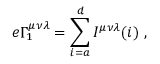
e \Gamma _ { 1 } ^ { \mu \nu \lambda } = \sum _ { i = a } ^ { d } I ^ { \mu \nu \lambda } ( i ) \ ,